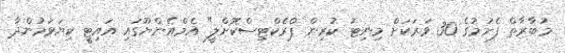
މުބާރާތް ފެށުމުގެ 30 ވަރަކަށް މިނިޓު ކުރިން ޕްރެކްޓިސްކޮށްލީ" އެމްއެންޔޫގައި އައިޓީ ކިޔަވަމުންދާ